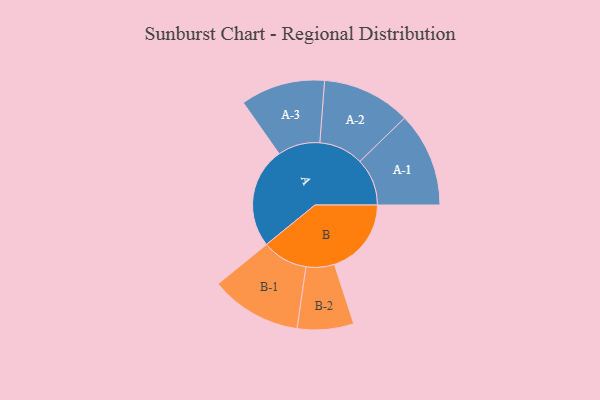
{"axis": {"x": "Segment", "y": "Value"}, "legend": ["", "A", "B"], "data": [{"x": "A", "y": 475, "type": ""}, {"x": "B", "y": 363, "type": ""}, {"x": "A-1", "y": 223, "type": "A"}, {"x": "A-2", "y": 209, "type": "A"}, {"x": "A-3", "y": 199, "type": "A"}, {"x": "B-1", "y": 215, "type": "B"}, {"x": "B-2", "y": 133, "type": "B"}]}